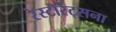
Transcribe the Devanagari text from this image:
रेस्टॉरंट्सना